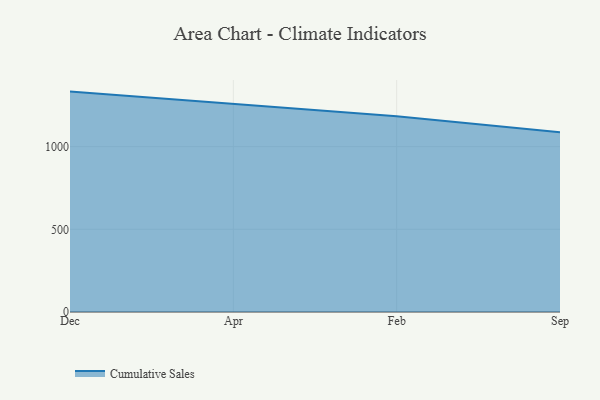
{"axis": {"x": "Month", "y": "Page Views"}, "legend": ["Cumulative Sales"], "data": [{"x": "Dec", "y": 1332.7, "type": "Cumulative Sales"}, {"x": "Apr", "y": 1259.6, "type": "Cumulative Sales"}, {"x": "Feb", "y": 1183.3, "type": "Cumulative Sales"}, {"x": "Sep", "y": 1087.6, "type": "Cumulative Sales"}]}